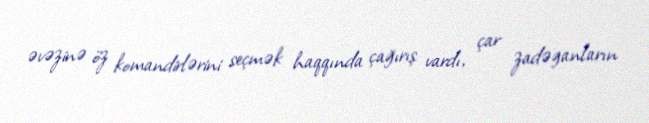
əvəzinə öz komandirlərini seçmək haqqında çağırış vardı, çar zadəganların